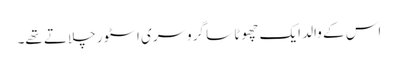
اس کے والد ایک چھوٹا سا گروسری اسٹور چلاتے تھے۔